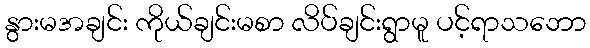
နွားမအချင်း ကိုယ်ချင်းမစာ လိပ်ချင်းရွာမူ ပင့်ရာသဘော